Vaccination in the Punjab 1897-1904 - 1897-1904
Year: 1897
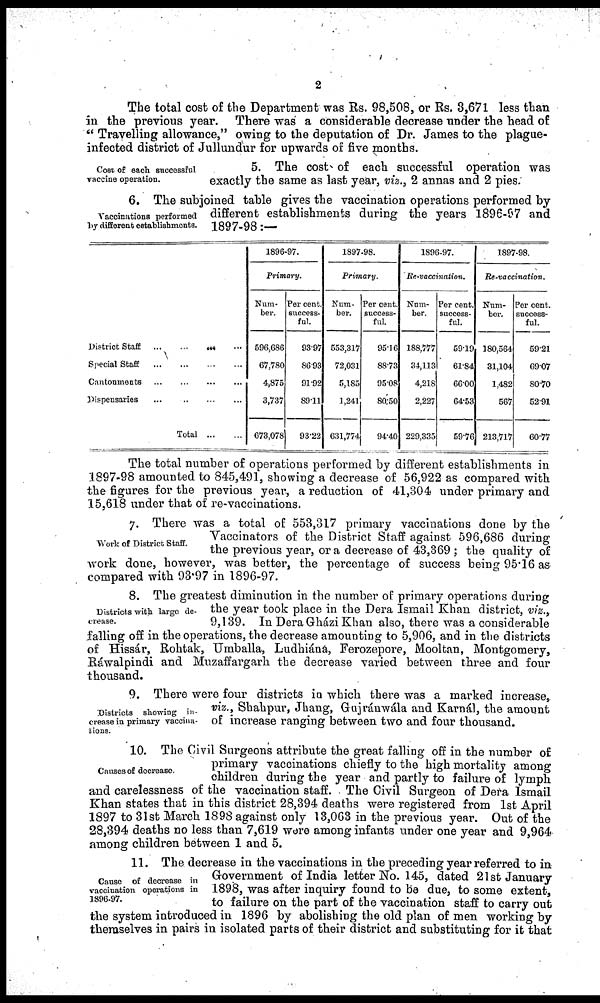
2
The total cost of the Department was Rs. 98,508, or Rs. 3,671 less than
in the previous year. There was a considerable decrease under the head of
" Travelling allowance," owing to the deputation of Dr. James to the plague-
infected district of Jullundur for upwards of five months.
Cost of each successful
vaccine operation.
5. The cost of each successful operation was
exactly the same as last year, viz., 2 annas and 2 pies.
Vaccinations performed
by different establishments.
6. The subjoined table gives the vaccination operations performed by
different establishments during the years 1896-97 and
1897-98:—
District Staff
... ... ... ...
Special Staff ... ... ... ..
Cantonments
...
... ... ...
Dispensaries ... .. ... ...
Total
...
..
1896-97.
Primary.
Num-
ber.
596,686
67,780
4,875
3,737
673,078
Per cent.
success-
ful.
93.97
86.93
91.92
89.11
93.22
1897-98.
Primary.
Num-
ber.
553,317
72,031
5,185
1,241
631,774
Per cent
success-
ful.
95.16
88.73
95.08
80.50
94.40
1896-97.
Re-vaccination.
Num¬
ber.
188,777
34,113
4,218
2,227
229,335
Per cent.
success-
ful.
59.19
61.84
66.00
64.53
59.76
1897-98.
Re-vaccination.
Num-
ber.
180,564
31,104
1,482
567
213,717
Per cent.
success-
ful.
59.21
69.07
80.70
52.91
60.77
The total number of operations performed by different establishments in
1897-98 amounted to 845,491, showing a decrease of 56,922 as compared with
the figures for the previous year, a reduction of 41,304 under primary and
15,618 under that of re-vaccinations.
Work of District Staff.
7. There was a total of 553,317 primary vaccinations done by the
Vaccinators of the District Staff against 596,686 during
the previous year, or a decrease of 43,369 ; the quality of
work done, however, was better, the percentage of success being 95.16 as
compared with 93.97 in 1896-97.
Districts with large de-
crease.
8. The greatest diminution in the number of primary operations during
the year took place in the Dera Ismail Khan district, viz.,
9,139. In Dera Gházi Khan also, there was a considerable
falling off in the operations, the decrease amounting to 5,906, and in the districts
of Hissár, Rohtak, Umballa, Ludhiána, Ferozepore, Mooltan, Montgomery,
Ráwalpindi and Muzaffargarh the decrease varied between three and four
thousand.
Districts showing in-
crease in primary vaccina-
tions.
9. There were four districts in which there was a marked increase,
viz., Shahpur, Jhang, Gajránwála and Karnál, the amount
of increase ranging between two and four thousand.
Causes of decrease.
10. The Civil Surgeons attribute the great falling off in the number of
primary vaccinations chiefly to the high mortality among
children during the year and partly to failure of lymph
and carelessness of the vaccination staff. The Civil Surgeon of Dera Ismail
Khan states that in this district 28,394 deaths were registered from 1st April
1897 to 31st March 1898 against only 13,063 in the previous year. Out of the
28,394 deaths no less than 7,619 were among infants under one year and 9,964
among children between 1 and 5.
Cause of decrease in
vaccination operations in
1896-97.
11. The decrease in the vaccinations in the preceding year referred to in
Government of India letter No. 145, dated 21st January
1898, was after inquiry found to be due, to some extent,
to failure on the part of the vaccination staff to carry out
the system introduced in 1896 by abolishing the old plan of men working by
themselves in pairs in isolated parts of their district and substituting for it that